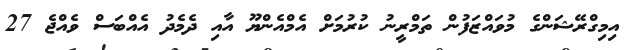
އިމިގްރޭޝަންގެ މުވައްޒަފުން ތަމްރީނު ކުރުމަށް އެމްއެންޔޫ އާއި ދެމެދު އެއްބަސް ވެއްޖެ 27